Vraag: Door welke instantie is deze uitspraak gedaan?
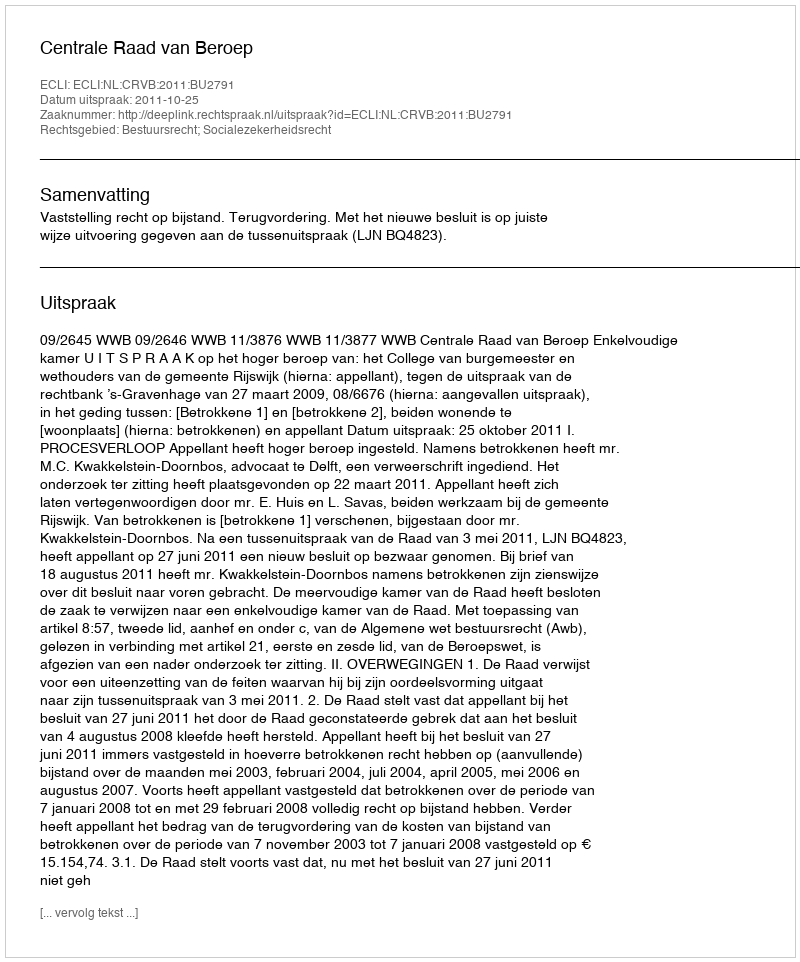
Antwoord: Centrale Raad van Beroep